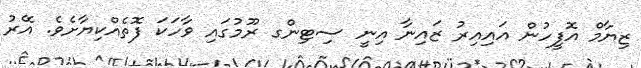
ޒިޔާމް އޮފީހުން އައިއިރު ޒައިނާ އިނީ ސިޓިންގ ރޫމުގައި ވާހަކަ ފޮތެއްކިޔާށެވެ. އޭރު